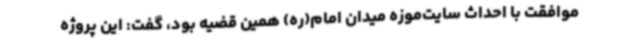
موافقت با احداث سایت‌موزه میدان امام(ره) همین قضیه بود، گفت: این پروژه